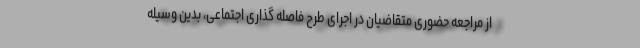
از مراجعه حضوری متقاضیان در اجرای طرح فاصله گذاری اجتماعی، بدین وسیله